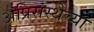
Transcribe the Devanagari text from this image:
अप्रिसंस्थेच्या